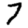
Digit: 7